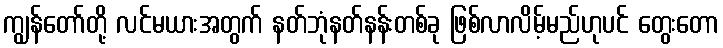
ကျွန်တော်တို့ လင်မယားအတွက် နတ်ဘုံနတ်နန်းတစ်ခု ဖြစ်လာလိမ့်မည်ဟုပင် တွေးတော